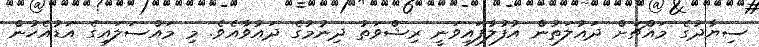
ސިޔާދުގެ މައްޗަށް ދައުލަތުން އުފުލާފައިވަނީ ރިޝްވަތު ދިނުމުގެ ދައުވާއެވެ. މި މައްސަލައިގެ އަޑުއެހުން